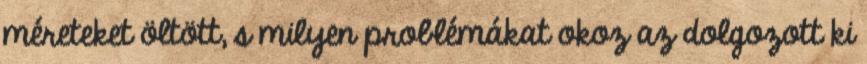
méreteket öltött, s milyen problémákat okoz az dolgozott ki